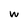
Character: w